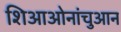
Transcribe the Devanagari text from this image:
शिआओनांचुआन